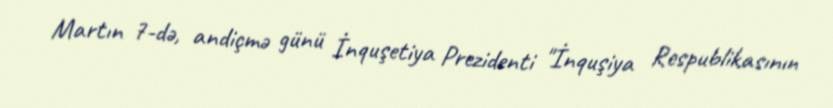
Martın 7-də, andiçmə günü İnquşetiya Prezidenti "İnquşiya Respublikasının